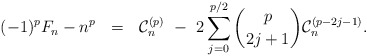
\begin{align*} (-1)^p F_n - n^p \ \ = \ \ \mathcal{C}_n^{(p)} \ - \ 2\sum_{j=0}^{p/2} \binom{p}{2j+1} \mathcal{C}_n^{(p-2j-1)}.\end{align*}